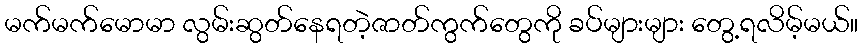
မက်မက်မောမာ လွမ်းဆွတ်နေရတဲ့ဇာတ်ကွက်တွေကို ခပ်များများ တွေ့ရလိမ့်မယ်။